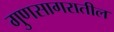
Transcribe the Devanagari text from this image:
गुणसागरातील